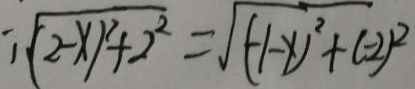
\sqrt { ( 2 - x ^ { 2 } ) + 2 ^ { 2 } } = \sqrt { ( - 1 - x ) ^ { 2 } + ( - 2 ) ^ { 2 } }